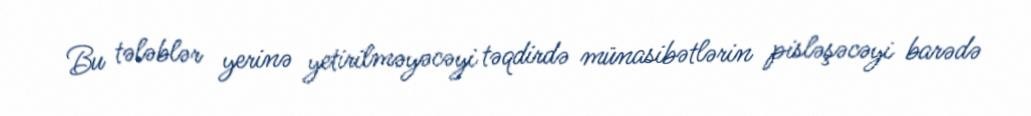
Bu tələblər yerinə yetirilməyəcəyi təqdirdə münasibətlərin pisləşəcəyi barədə